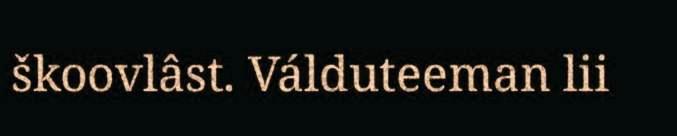
škoovlâst. Válduteeman lii